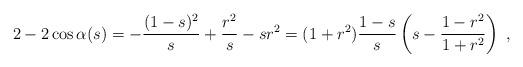
LaTeX: \begin{align*} 2-2\cos\alpha(s)&=-\frac{(1-s)^2}s+\frac{r^2}s-sr^2 =(1+r^2)\frac{1-s}s \left(s-\frac{1-r^2}{1+r^2}\right)\ , \end{align*}